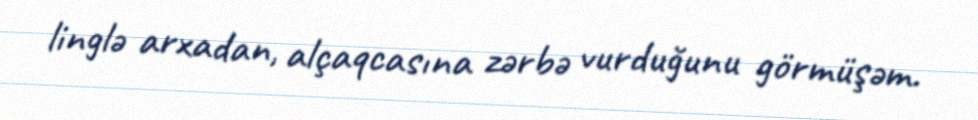
linglə arxadan, alçaqcasına zərbə vurduğunu görmüşəm.